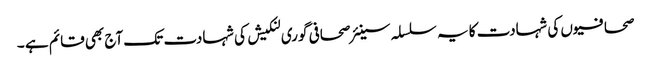
صحافیوں کی شہادت کا یہ سلسلہ سینئر صحافی گوری لنکیش کی شہادت تک آج بھی قائم ہے ۔